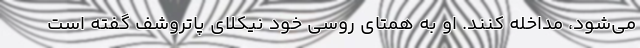
می‌شود، مداخله کنند. او به همتای روسی خود نیکلای پاتروشف گفته است